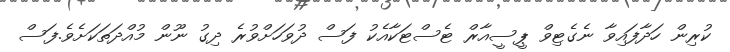
ކުރިން ހަދާފައިވާ ނެގެޓިވް ޕީސީއާރް ޓެސްޓަކާއެކު ފަސް ދުވަހަށްވުރެ ދިގު ނޫން މުއްދަތަކަށެވެ.ފަސް